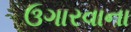
ઉગારવાના